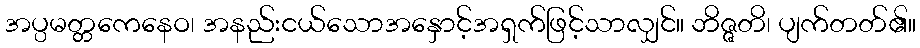
အပ္ပမတ္တကေနေဝ၊ အနည်းငယ်သောအနှောင့်အရှက်ဖြင့်သာလျှင်။ ဘိဇ္ဇတိ၊ ပျက်တတ်၏။